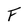
Character: F